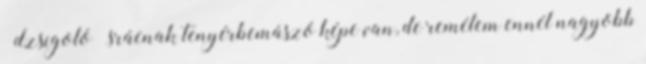
“dzsigoló” srácnak tenyérbemászó képe van, de remélem ennél nagyobb